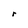
Character: r